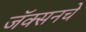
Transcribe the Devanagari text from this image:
जॅक्सनचे